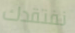
نفتقدك